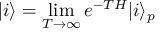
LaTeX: | i \rangle = \operatorname * { l i m } _ { T \rightarrow \infty } e ^ { - T H } | i \rangle _ { p }